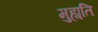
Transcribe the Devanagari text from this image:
मुह्यति